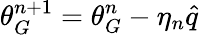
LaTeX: \theta_{G}^{n+1}=\theta_{G}^{n}-\eta_{n}\hat{q}